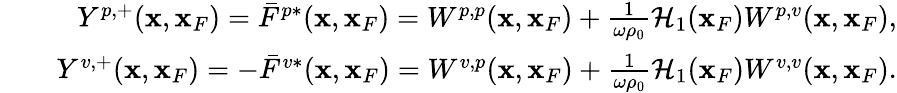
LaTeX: \begin{array}{rlr}&{}&{Y^{p,+}({\mathbf x},{\mathbf x}_{F})=\bar{F}^{p*}({\mathbf x},{\mathbf x}_{F})=W^{p,p}({\mathbf x},{\mathbf x}_{F})+\frac{1}{\omega\rho_{0}}{\cal H}_{1}({\mathbf x}_{F})W^{p,v}({\mathbf x},{\mathbf x}_{F}),}\\ &{}&{Y^{v,+}({\mathbf x},{\mathbf x}_{F})=-\bar{F}^{v*}({\mathbf x},{\mathbf x}_{F})=W^{v,p}({\mathbf x},{\mathbf x}_{F})+\frac{1}{\omega\rho_{0}}{\cal H}_{1}({\mathbf x}_{F})W^{v,v}({\mathbf x},{\mathbf x}_{F}).}\end{array}